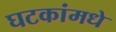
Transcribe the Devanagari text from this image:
घटकांमधे